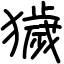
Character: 獩